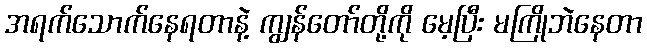
အရက်သောက်နေရတာနဲ့ ကျွန်တော်တို့ကို မေ့ပြီး မကြိုဘဲနေတာ